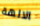
الالهة